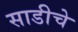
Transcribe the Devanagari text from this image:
साडीचे